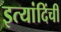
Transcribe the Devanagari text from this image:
इत्यांदिंची